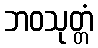
ဘဝသုတ္တံ